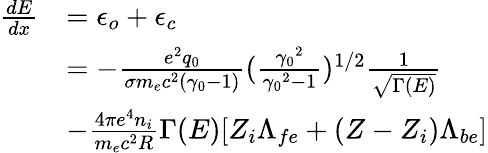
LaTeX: \begin{array}{rl}{\frac{dE}{dx}}&{=\epsilon_{o}+\epsilon_{c}}\\ &{=-\frac{e^{2}q_{0}}{\sigma m_{e}c^{2}(\gamma_{0}-1)}(\frac{{\gamma_{0}}^{2}}{{\gamma_{0}}^{2}-1})^{1/2}\frac{1}{\sqrt{\Gamma(E)}}}\\ &{-\frac{4\pi e^{4}n_{i}}{m_{e}c^{2}R}\Gamma(E)[Z_{i}\Lambda_{fe}+(Z-Z_{i})\Lambda_{be}]}\end{array}